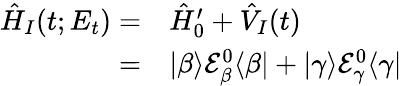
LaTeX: \begin{array}{rl}{\hat{H}_{I}(t;E_{t})=}&{{}\hat{H}_{0}^{\prime}+\hat{V}_{I}(t)}\\ {=}&{{}|\beta\rangle\mathcal{E}_{\beta}^{0}\langle\beta|+|\gamma\rangle\mathcal{E}_{\gamma}^{0}\langle\gamma|}\end{array}